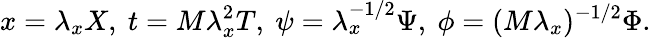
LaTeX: x=\lambda_{x}X,\ t=M\lambda_{x}^{2}T,\ \psi=\lambda_{x}^{-1/2}\Psi,\ \phi=(M\lambda_{x})^{-1/2}\Phi.